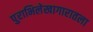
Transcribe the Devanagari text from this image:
पुराभिलेखागारातला